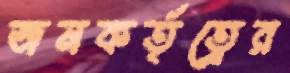
জনকর্তৃত্বের